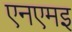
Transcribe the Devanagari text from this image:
एनएमइ